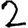
Digit: 2